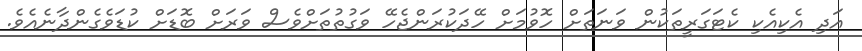
އަދި އެކިއެކި ކެޓަގަރީތަކުން ވަނަތަށް ހޮވުމަށް ހޭދަކުރަންޖެހޭ ވަގުތުތަށްވެސް ވަރަށް ބޮޑަށް ކުޑަވެގެންދާނެއެވެ.